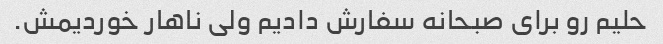
حلیم رو برای صبحانه سفارش دادیم ولی ناهار خوردیمش.